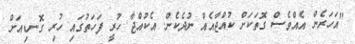
"އަހަރެން އެއްވެސް ގޮތަކަށް ކުއްޖާއެއް ނުދެކެން. އެކުއްޖާ ހުރީ ފަހަތުގައި ހުރި ގޮނޑިއަށް